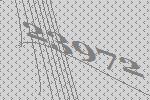
23972